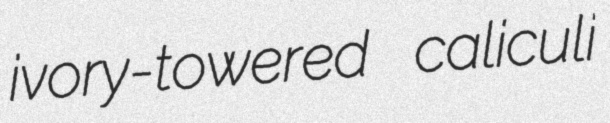
ivory-towered caliculi